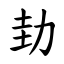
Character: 劸